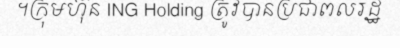
។ក្រុមហ៊ុន ING Holding ត្រូវបានប្រជាពលរដ្ឋ